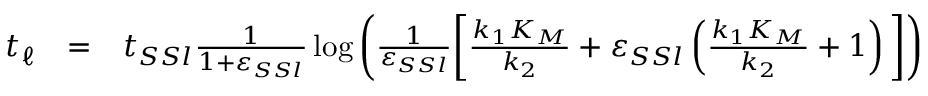
\begin{array} { r c l } { t _ { \ell } } & { = } & { t _ { S S l } \frac { 1 } { 1 + \varepsilon _ { S S l } } \log \left( \frac { 1 } { \varepsilon _ { S S l } } \bigg [ \frac { k _ { 1 } K _ { M } } { k _ { 2 } } + \varepsilon _ { S S l } \left( \frac { k _ { 1 } K _ { M } } { k _ { 2 } } + 1 \right) \bigg ] \right) } \end{array}